Vaccination in the Punjab 1919-1929 - 1919-1929
Year: 1919
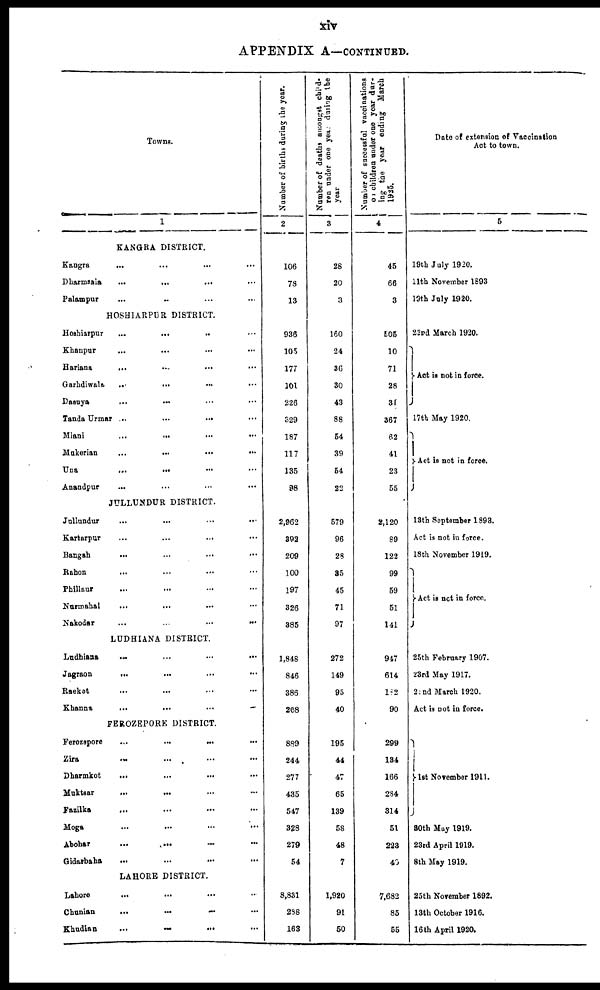
xiv
APPENDIX A—CONTINUED.
Towns.
1
KANGRA DISTRICT.
Kangra ... ... ... ...
Dharmsala
...
...
...
...
Palampur ... ... ... ...
HOSHIARPUR DISTRICT.
Hoshiarpur ... ... ... ...
Khanpur ... ... ... ...
Hariana ... ... ... ...
Garhdiwala ... ... ... ...
Dasuya
...
...
...
...
Tanda Urmar
...
...
...
...
Miani ... ... ... ...
Mukerian
...
...
...
...
Una
...
...
...
...
Anandpur ... ... ... ...
JULLUNDUR DISTRICT.
Jullundur ... ... ... ...
Kartarpur ... ... ... ...
Bangah ... ... ... ...
Rahon ... ... ... ...
Phillaur ... ... ... ...
Nurmahal ... ... ... ...
Nakodar
...
...
...
...
LUDHIANA DISTRICT.
Ludhiana
...
...
...
...
Jagraon ... ... ... ...
Raekot ... ... ... ...
Khanna
...
...
...
...
FEROZEPORE DISTRICT.
Ferozepore ... ... ... ...
Zira ... ... ... ...
Dharmkot ... ... ... ...
Muktsar
...
...
...
...
Fazilka
...
...
...
...
Moga ... ... ... ...
Abohar
...
...
...
...
Gidarbaha ... ... ... ...
LAHORE DISTRICT.
Lahore ... ... ... ...
Chunian
...
...
...
...
Khudian
...
...
...
...
Number of births during the year.
2
106
78
13
936
105
177
101
226
329
187
117
135
98
2,962
392
209
100
197
326
385
1,848
846
386
208
889
244
277
435
547
328
279
54
8,831
288
163
Number of deaths amongst child¬
ren under one year during the
year.
3
28
20
3
160
24
36
30
43
88
54
39
54
22
579
96
28
35
45
71
97
272
149
95
40
195
44
47
65
139
58
48
7
1,920
91
50
Number of successful vaccinations
of children under one year dur-
ing the year ending March
1925.
4
45
66
3
505
10
71
28
31
367
62
41
23
55
2,120
89
122
99
59
51
141
947
614
182
90
299
134
166
284
314
51
223
40
7,682
85
55
Date of extension of Vaccination
Act to town.
5
19th July 1920.
11th November 1893
19th July 1920.
23rd March 1920.
Act is not in force.
17th May 1920.
Act is not in force.
13th September 1893.
Act is not in force.
18th November 1919.
Act is not in force.
25th February 1907.
23rd May 1917.
22nd March 1920.
Act is not in force.
1st November 1911.
30th May 1919.
23rd April 1919.
8th May 1919.
25th November 1892.
13th October 1916.
16th April 1920.